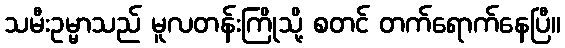
သမီးဥမ္မာသည် မူလတန်းကြိုသို့ စတင် တက်ရောက်နေပြီ။